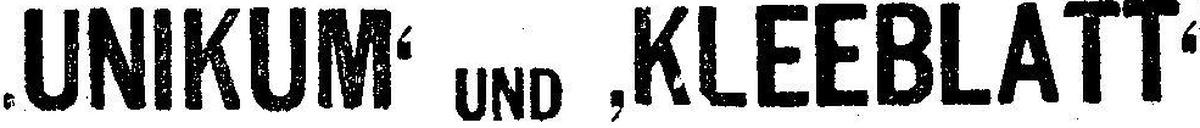
‚UNIKUM‘ und ,KLEEBLATT‘